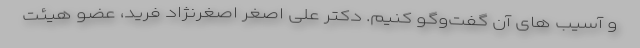
و آسیب های آن گفت‌وگو کنیم. دکتر علی اصغر اصغرنژاد فرید، عضو هیئت